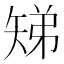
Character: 𬑳